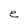
Character: e